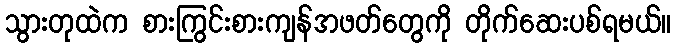
သွားတုထဲက စားကြွင်းစားကျန်အဖတ်တွေကို တိုက်ဆေးပစ်ရမယ်။